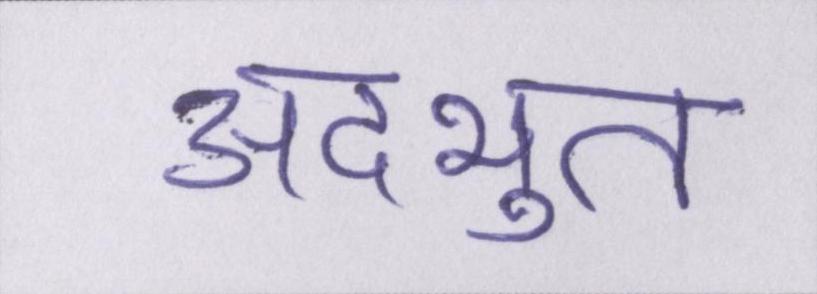
अदभुत